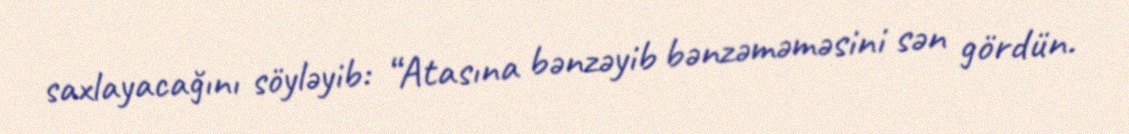
saxlayacağını söyləyib: “Atasına bənzəyib bənzəməməsini sən gördün.